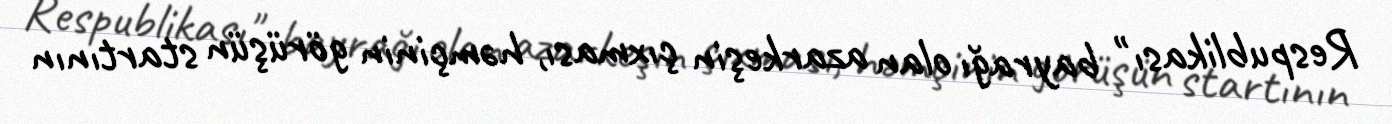
Respublikası" bayrağı olan azarkeşin çıxması, həmçinin görüşün startının